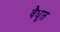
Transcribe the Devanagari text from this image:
वैधृत